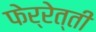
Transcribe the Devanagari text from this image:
फेर्रेत्ती